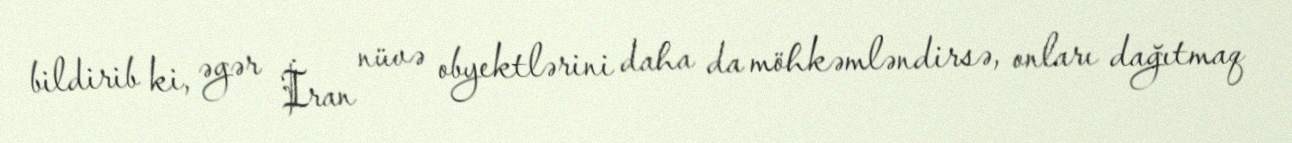
bildirib ki, əgər İran nüvə obyektlərini daha da möhkəmləndirsə, onları dağıtmaq